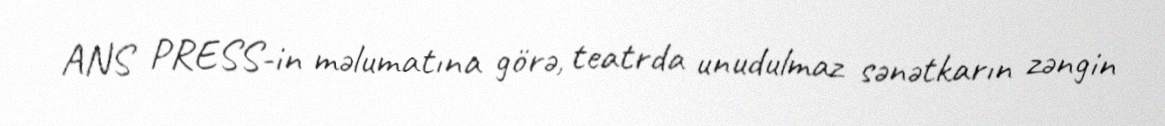
ANS PRESS-in məlumatına görə, teatrda unudulmaz sənətkarın zəngin